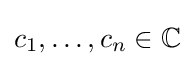
c_{1},\dots ,c_{n}\in \mathbb {C}